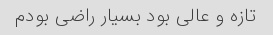
تازه و عالی بود بسیار راضی بودم